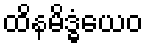
ထိနမိဒ္ဓံယေဝ